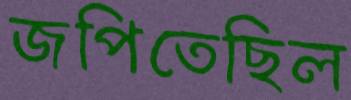
জপিতেছিল